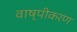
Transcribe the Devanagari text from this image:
वाष्‍पीकरण